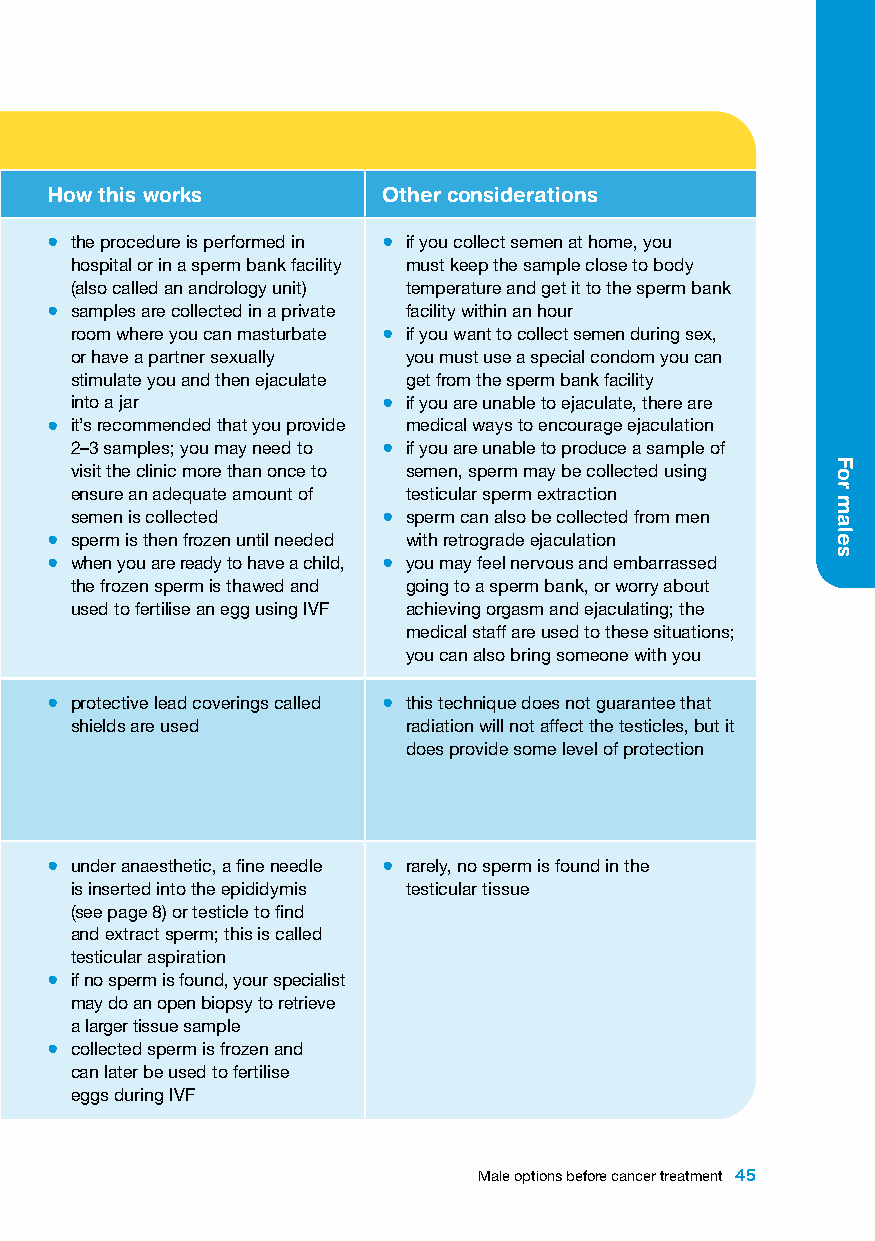
Preserving fertility in males
 Option What this is When this is used How this works Other considerations
 sperm banking • collecting, freezing • when you want to store • the procedure is performed in • if you collect semen at home, you
 or sperm freezing and storing sperm sperm for the future hospital or in a sperm bank facility must keep the sample close to body
 • this is the standard • samples can be stored for (also called an andrology unit) temperature and get it to the sperm bank
 (cryopreservation)
 way of preserving up to 20 years • samples are collected in a private facility within an hour
 fertility in males • legal limits on how long room where you can masturbate • if you want to collect semen during sex,
 sperm can be stored are or have a partner sexually you must use a special condom you can
 different in each state stimulate you and then ejaculate get from the sperm bank facility
 and territory into a jar • if you are unable to ejaculate, there are
 • your fertility clinic can • it’s recommended that you provide medical ways to encourage ejaculation
 advise about time limits 2–3 samples; you may need to • if you are unable to produce a sample of
 and the cost of storage visit the clinic more than once to semen, sperm may be collected using
 ensure an adequate amount of testicular sperm extraction
 semen is collected  • sperm can also be collected from men
 • sperm is then frozen until needed with retrograde ejaculation
 • when you are ready to have a child, • you may feel nervous and embarrassed
 the frozen sperm is thawed and going to a sperm bank, or worry about
 used to fertilise an egg using IVF achieving orgasm and ejaculating; the
 medical staff are used to these situations;
 you can also bring someone with you
 radiation shielding • protecting the • if the testicles are close • protective lead coverings called • this technique does not guarantee that
 testicles from to where radiation beams shields are used radiation will not affect the testicles, but it
 external beam are directed (but are not does provide some level of protection
 radiation therapy the target of the radiation),
 with a shield they can be protected from
 the radiation beams
 testicular sperm • a method of looking • when you can’t ejaculate • under anaesthetic, a fine needle • rarely, no sperm is found in the
 extraction (TESE) for sperm inside the • when there is not enough is inserted into the epididymis testicular tissue
 testicular tissue sperm in the semen (see page 8) or testicle to find
 • also called surgical sample and extract sperm; this is called
 sperm retrieval testicular aspiration
 • if no sperm is found, your specialist
 may do an open biopsy to retrieve
 a larger tissue sample
 • collected sperm is frozen and
 can later be used to fertilise
 eggs during IVF
 Male options before cancer treatment 45
 For
 males